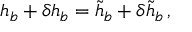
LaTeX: h _ { b } + \delta h _ { b } = \tilde { h } _ { b } + \delta \tilde { h } _ { b } \, ,